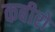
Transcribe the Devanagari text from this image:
कबीरो